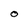
Character: O